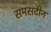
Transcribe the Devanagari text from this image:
समसदीन